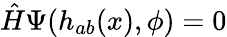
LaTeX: \hat{H}\Psi(h_{ab}(x),\phi)=0